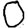
Digit: 0